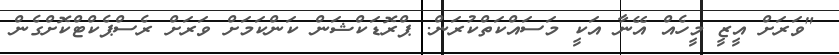
"ވަރަށް އީޒީ މީހެއް އޭނާ އަކީ މަސައްކަތްކުރަން. ޕްރޮޑަކްޝަން ކަންކަމަށް ވަރަށް ރެސްޕެކްޓްކޮށްގެން